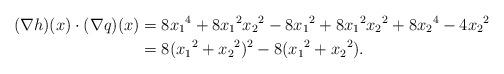
LaTeX: \begin{align*}(\nabla h)(x) \cdot (\nabla q)(x) &= 8 {x_1}^4 + 8 {x_1}^2 {x_2}^2 - 8{x_1}^2 + 8 {x_1}^2 {x_2}^2 + 8{x_2}^4 - 4 {x_2}^2 \\&= 8( {x_1}^2 + {x_2}^2 )^2 - 8( {x_1}^2 + {x_2}^2 ).\end{align*}